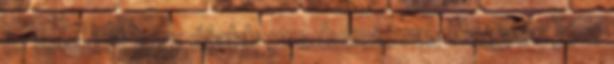
is fel- ért egy újabb produkcióval. Nagyon jó a